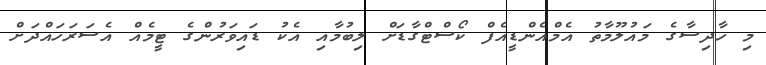
މި ހާދިސާގެ މައުލޫމާތު އެމްއެންޑީއެފް ކޯސްޓްގާޑަށް ލިބުމާއި އެކު ޑައިވަރުންގެ ޓީމެއް އެސަރަހައްދަށް